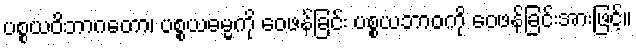
ပစ္စယဝိဘာဂတော၊ ပစ္စယဓမ္မကို ဝေဖန်ခြင်း ပစ္စယဘာဝကို ဝေဖန်ခြင်းအားဖြင့်။